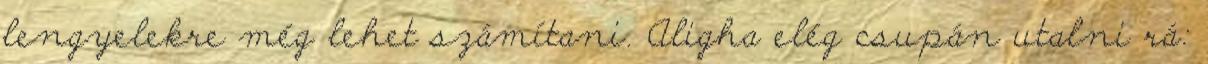
lengyelekre még lehet számítani. Aligha elég csupán utalni rá: